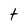
Character: t